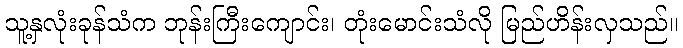
သူ့နှလုံးခုန်သံက ဘုန်းကြီးကျောင်း၊ တုံးမောင်းသံလို မြည်ဟိန်းလှသည်။